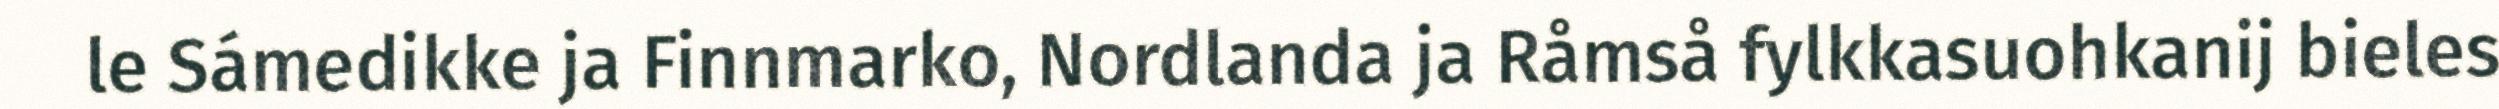
le Sámedikke ja Finnmarko, Nordlanda ja Råmså fylkkasuohkanij bieles